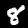
Label: 8